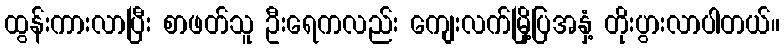
ထွန်းကားလာပြီး စာဖတ်သူ ဦးရေကလည်း ကျေးလက်မြို့ပြအနှံ့ တိုးပွားလာပါတယ်။